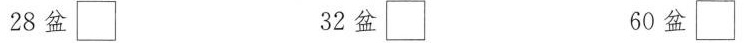
28盆 \Box 32盆 \Box 60盆\Box